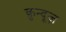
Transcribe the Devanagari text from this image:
क़ुन्दूज़